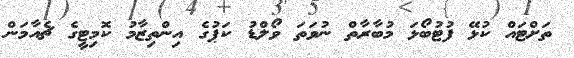
ތަށްޓައް ކުޅޭ ފުޓުބޯޅަ މުބާރާތް ނުވަތަ ވޯލްޑު ކަޕުގެ އިންތިޒާމު ކޮމިޓީގެ ޗެއާމަން